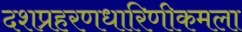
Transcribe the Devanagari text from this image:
दशप्रहरणधारिणीकमला